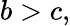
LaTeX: b>c,